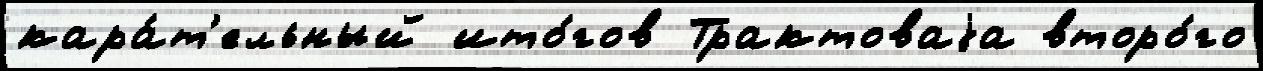
кара́т'ельный ито́гов Трактоваjа второ́го